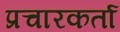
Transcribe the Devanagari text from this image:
प्रचारकर्ता